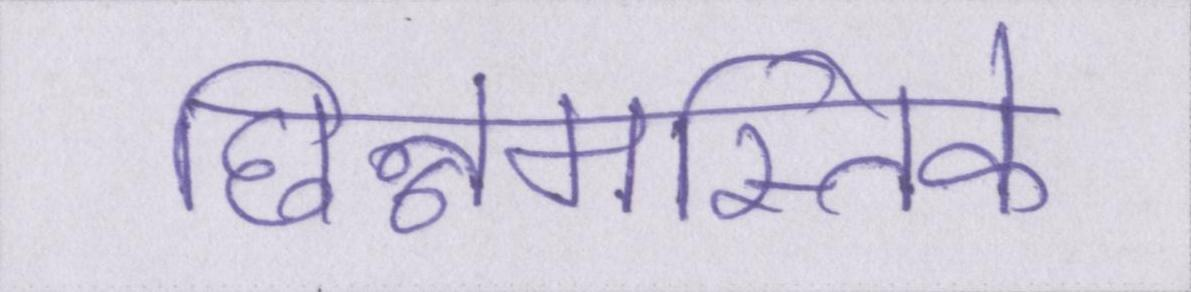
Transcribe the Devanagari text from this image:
छिन्नमस्तिके